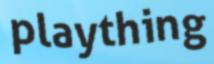
plaything